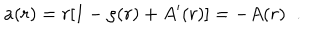
a ( r ) = r [ 1 - \rho ( r ) + A ^ { \prime } ( r ) ] = - A ( r ) \; \; .